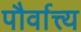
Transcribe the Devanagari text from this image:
पौर्वात्त्य